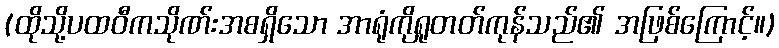
(ထိုသို့ပထဝီကသိုဏ်းအစရှိသော အာရုံကိုရှုတတ်ကုန်သည်၏ အဖြစ်ကြောင့်။)